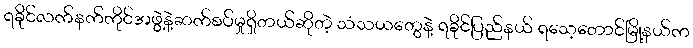
ရခိုင်လက်နက်ကိုင်အဖွဲ့နဲ့ဆက်စပ်မှုရှိတယ်ဆိုတဲ့ သံသယတွေနဲ့ ရခိုင်ပြည်နယ် ရသေ့တောင်မြို့နယ်က